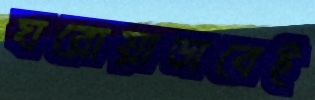
ঘরোয়াভাবেই